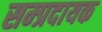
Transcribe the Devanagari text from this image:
सम्‍प्रदायक